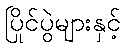
ပြိုင်ပွဲများနှင့်